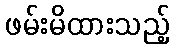
ဖမ်းမိထားသည့်